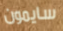
سايمون